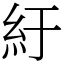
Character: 紆